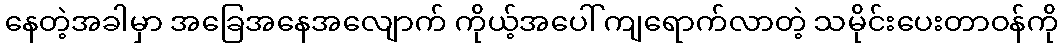
နေတဲ့အခါမှာ အခြေအနေအလျောက် ကိုယ့်အပေါ် ကျရောက်လာတဲ့ သမိုင်းပေးတာဝန်ကို